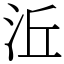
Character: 㳋